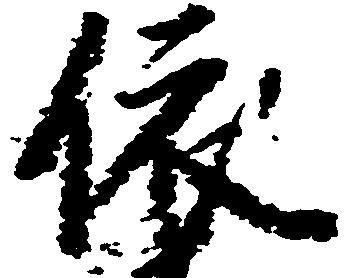
依